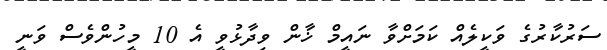
ސަރުކާރުގެ ވަކީލެއް ކަމަށްވާ ނައީމް ޚާން ވިދާޅުވީ އެ 10 މީހުންވެސް ވަނީ